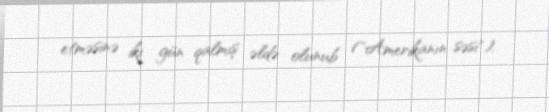
etməsinə iki gün qalmış əldə olunub ("Amerikanın səsi").